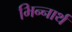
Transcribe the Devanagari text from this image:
भिन्नार्थ